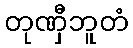
တုဏှီဘူတံ